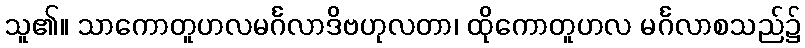
သူ၏။ သာကောတူဟလမင်္ဂလာဒိဗဟုလတာ၊ ထိုကောတူဟလ မင်္ဂလာစသည်၌